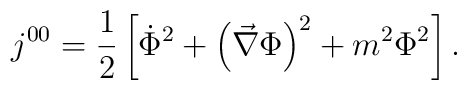
j^{00}={\frac 12}\left[ {\dot \Phi }^2+\left( \vec \nabla \Phi \right)^2+m^2\Phi ^2\right] .